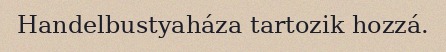
Handelbustyaháza tartozik hozzá.